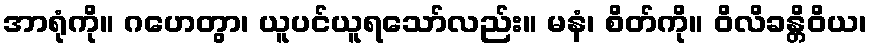
အာရုံကို။ ဂဟေတွာ၊ ယူပင်ယူရသော်လည်း။ မနံ၊ စိတ်ကို။ ဝိလိခန္တိဝိယ၊